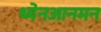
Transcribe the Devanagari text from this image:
थ्येनआनमन